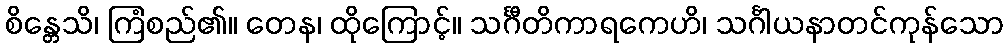
စိန္တေသိ၊ ကြံစည်၏။ တေန၊ ထိုကြောင့်။ သင်္ဂီတိကာရကေဟိ၊ သင်္ဂါယနာတင်ကုန်သော